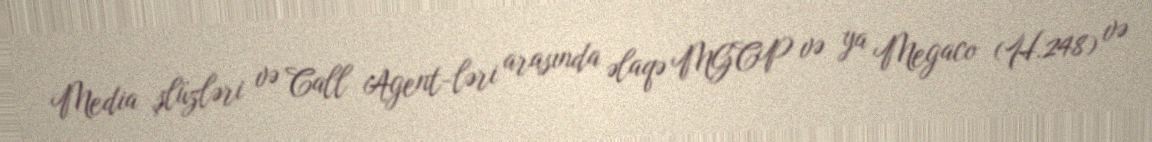
Media şlüzləri və Call Agent-ləri arasında əlaqə MGCP və ya Megaco (H.248) və